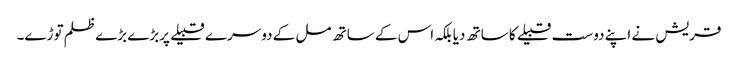
قریش نے اپنے دوست قبیلے کا ساتھ دیا بلکہ اس کے ساتھ مل کے دوسرے قبیلے پربڑے بڑے ظلم توڑے۔